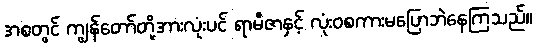
အစတွင် ကျွန်တော်တို့အားလုံးပင် ရာမီဇာနှင့် လုံးဝစကားမပြောဘဲနေကြသည်။